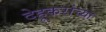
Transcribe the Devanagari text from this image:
देहूकरांच्या